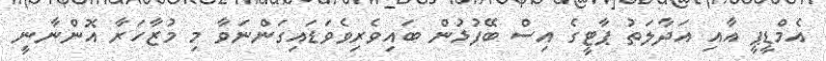
އެމްޑީޕީ އާއި އަދާލަތު ޕާޓީގެ އިސް ބޭފުޅުން ބައިވެރިވެވަޑައިގަންނަވާ މި މުޒާހަރާ އޮންނާނީ